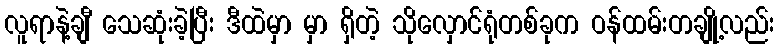
လူရာနဲ့ချီ သေဆုံးခဲ့ပြီး ဒီထဲမှာ မှာ ရှိတဲ့ သိုလှောင်ရုံတစ်ခုက ဝန်ထမ်းတချို့လည်း